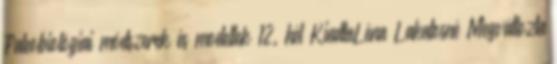
Paleobiológiai módszerek és modellek 12. hét KiadtaLéna Lakatosné Megváltozta